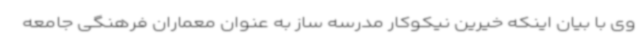
وی با بیان اینکه خیرین نیکوکار مدرسه ساز به عنوان معماران فرهنگی جامعه